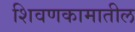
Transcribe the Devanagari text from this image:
शिवणकामातील